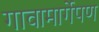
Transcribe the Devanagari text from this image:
गावामार्गेपण